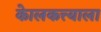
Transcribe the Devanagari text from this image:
केालकत्त्याला